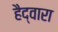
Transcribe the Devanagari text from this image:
हैद्वारा